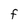
Character: F